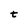
Character: t